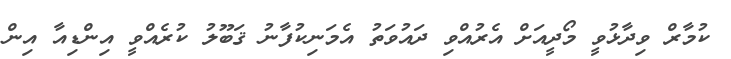
ކުމާރް ވިދާޅުވީ މޯދީއަށް އެރުއްވި ދައުވަތު އެމަނިކުފާނު ޤަބޫލު ކުރެއްވީ އިންޑިއާ އިން